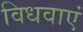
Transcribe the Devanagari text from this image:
विधवाएं